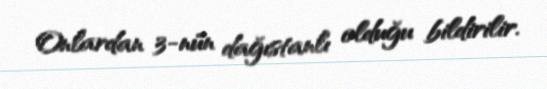
Onlardan 3-nün dağıstanlı olduğu bildirilir.